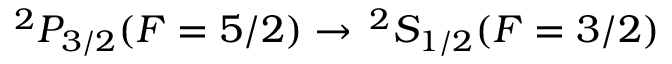
^ 2 P _ { 3 / 2 } ( F = 5 / 2 ) \to \, ^ { 2 } S _ { 1 / 2 } ( F = 3 / 2 )